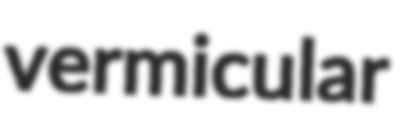
vermicular